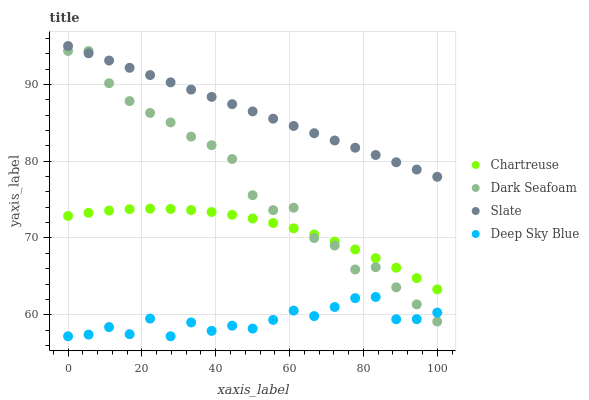
| xaxis_label | Chartreuse | Dark Seafoam | Slate | Deep Sky Blue |
 | --- | --- | --- | --- | --- |
 | 0 | 72.9 | 94.4 | 95 | 57.2 |
 | 5.56 | 73.3 | 94.3 | 94.1 | 57.4 |
 | 11.1 | 73.6 | 90.2 | 93.1 | 58.4 |
 | 16.7 | 73.7 | 87.8 | 92.2 | 57.5 |
 | 22.2 | 73.8 | 86.3 | 91.2 | 59.5 |
 | 27.8 | 73.8 | 85.1 | 90.3 | 57.2 |
 | 33.3 | 73.6 | 83.2 | 89.3 | 59 |
 | 38.9 | 73.4 | 82.1 | 88.4 | 57.9 |
 | 44.4 | 73 | 80.3 | 87.4 | 58.6 |
 | 50 | 72.5 | 75.6 | 86.5 | 58.2 |
 | 55.6 | 71.9 | 73.6 | 85.5 | 59.3 |
 | 61.1 | 71.3 | 73.9 | 84.6 | 60.5 |
 | 66.7 | 70.4 | 70 | 83.6 | 59.8 |
 | 72.2 | 69.5 | 69 | 82.7 | 61 |
 | 77.8 | 68.5 | 65.9 | 81.8 | 62.2 |
 | 83.3 | 67.4 | 66.2 | 80.8 | 62.3 |
 | 88.9 | 66.1 | 63.6 | 79.9 | 59.4 |
 | 94.4 | 64.8 | 61.3 | 78.9 | 59.4 |
 | 100 | 63.3 | 59.1 | 78 | 60.3 |